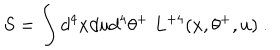
S = \int d ^ { 4 } x d u d ^ { 4 } \theta ^ { + } \; L ^ { + 4 } ( x , \theta ^ { + } , u ) \ .